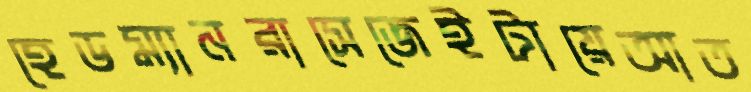
হেডম্যানরাসেজেইটায়েআত